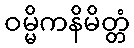
ဝမ္မိကနိမိတ္တံ